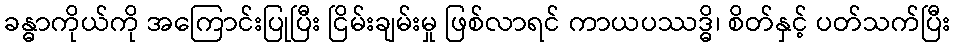
ခန္ဓာကိုယ်ကို အကြောင်းပြုပြီး ငြိမ်းချမ်းမှု ဖြစ်လာရင် ကာယပဿဒ္ဓိ၊ စိတ်နှင့် ပတ်သက်ပြီး